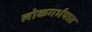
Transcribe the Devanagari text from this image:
लोकगर्भपात